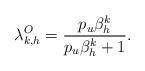
LaTeX: \begin{align*}\lambda_{k,h}^O=\frac{p_u\beta_h^k}{p_u\beta_h^k+1}.\end{align*}